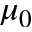
\mu _ { 0 }